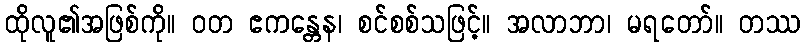
ထိုလူ၏အဖြစ်ကို။ ဝတ ဧကန္တေန၊ စင်စစ်သဖြင့်။ အလာဘာ၊ မရတော်။ တဿ